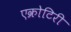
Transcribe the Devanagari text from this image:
एक्रोटिरी